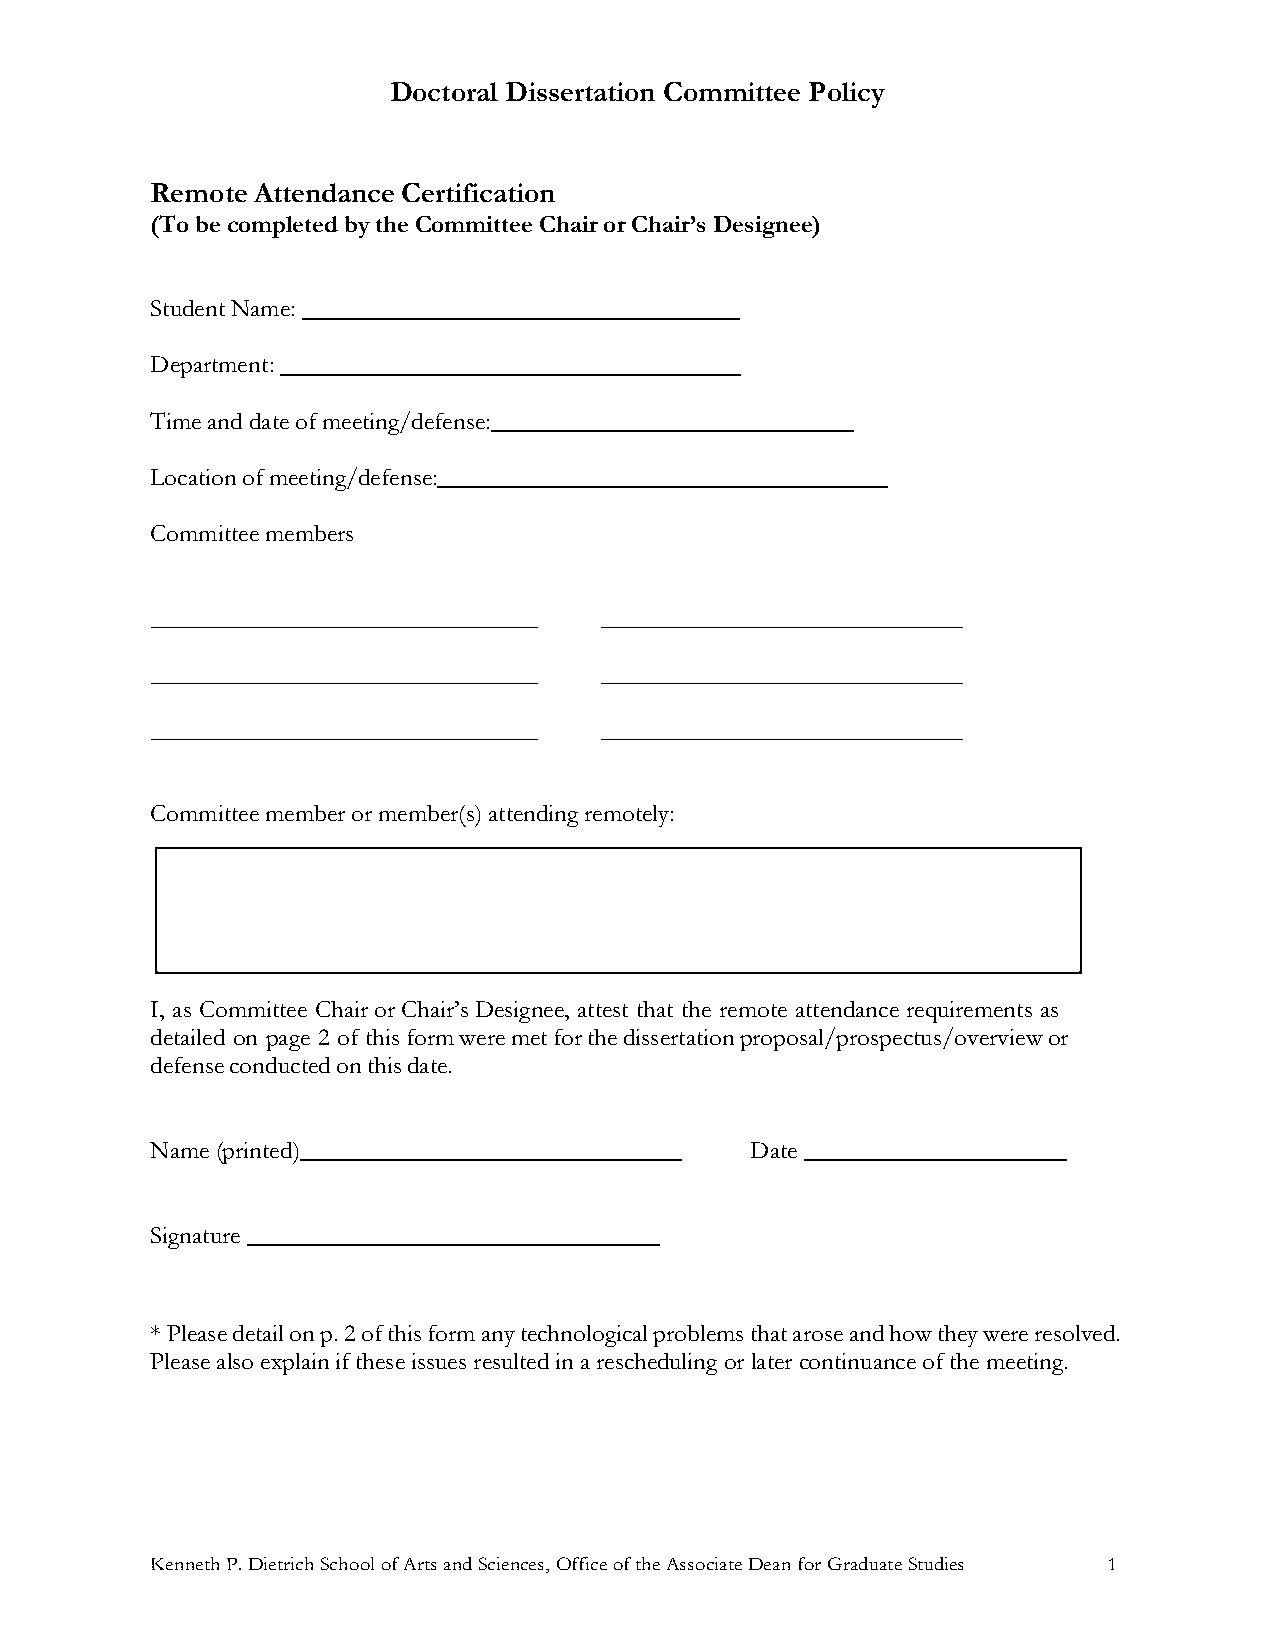
Doctoral Dissertation Committee Policy
 Remote Attendance Certification
 (To be completed by the Committee Chair or Chair’s Designee)
 Student Name:
 Department:
 Time and date of meeting/defense:
 Location of meeting/defense:
 Committee members
 Committee member or member(s) attending remotely:
 I, as Committee Chair or Chair’s Designee, attest that the remote attendance requirements as
 detailed on page 2 of this form were met for the dissertation proposal/prospectus/overview or
 defense conducted on this date.
 Name (printed)                          Date
 Signature
 * Please detail on p. 2 of this form any technological problems that arose and how they were resolved.
 Please also explain if these issues resulted in a rescheduling or later continuance of the meeting.
 Kenneth P. Dietrich School of Arts and Sciences, Office of the Associate Dean for Graduate Studies 1